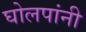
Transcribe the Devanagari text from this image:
घोलपांनी